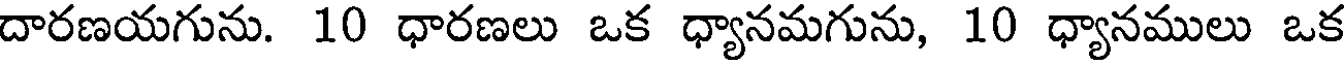
దారణయగును. 10 ధారణలు ఒక ధ్యానమగును, 10 ధ్యానములు ఒక